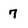
Character: 7